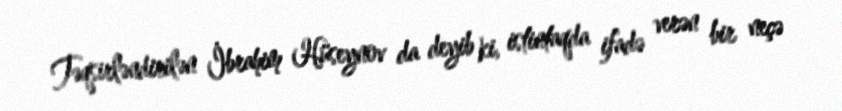
Təqsirləndirilən İbrahim Hüseynov da deyib ki, istintaqda ifadə verən bir neçə